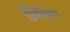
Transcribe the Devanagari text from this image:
द्विकालं